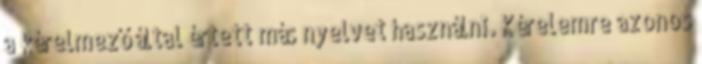
a kérelmező által értett más nyelvet használni. Kérelemre azonos